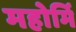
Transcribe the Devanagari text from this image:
महोर्मि